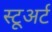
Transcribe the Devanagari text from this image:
स्टूअर्ट